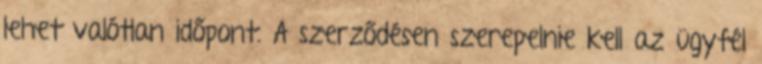
lehet valótlan időpont. A szerződésen szerepelnie kell az ügyfél